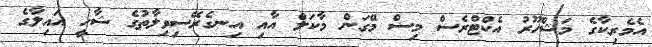
އެމެރިކާގެ މަޝްހޫރު އެކްޓްރެސް މިސް މޭގަން މާކަލް އާއި އިނގެރޭސިވިލާތުގެ ޝާހީ އައިލާގެ